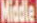
Middle